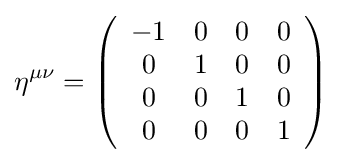
\eta ^{\mu \nu }=\left({\begin{array}{cccc}-1&0&0&0\\0&1&0&0\\0&0&1&0\\0&0&0&1\end{array}}\right)~